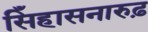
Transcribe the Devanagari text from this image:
सिँहासनारुढ़